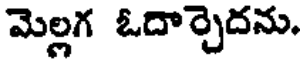
మెల్లగ ఓదార్చెదను.